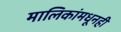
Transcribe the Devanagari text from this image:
मालिकांमधूनही